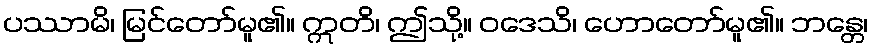
ပဿာမိ၊ မြင်တော်မူ၏။ ဣတိ၊ ဤသို့။ ဝဒေသိ၊ ဟောတော်မူ၏။ ဘန္တေ၊